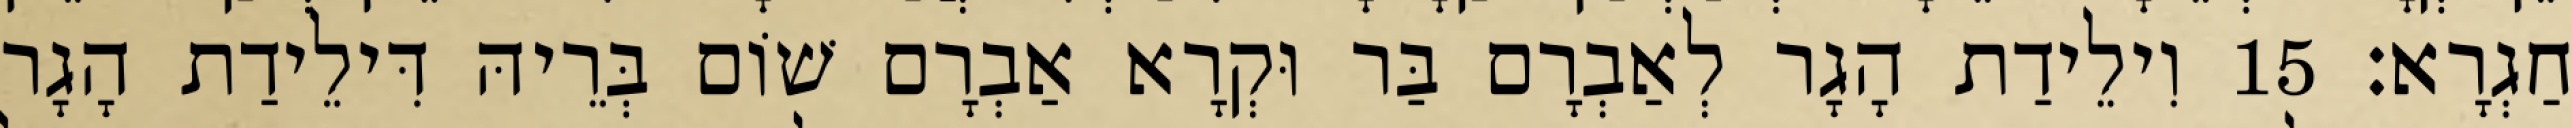
חַגְרָא׃ 15 וִילֵידַת הָגָר לְאַבְרָם בַּר וּקְרָא אַבְרָם שׁוֹם בְּרֵיהּ דִּילֵידַת הָגָר